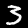
Label: 3